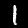
Digit: 1